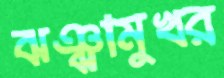
ঝঞ্ঝামুখর